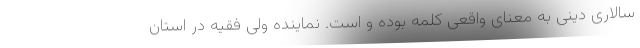
سالاری دینی به معنای واقعی کلمه بوده و است. نماینده ولی فقیه در استان